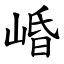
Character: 崏